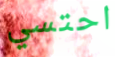
احتسي